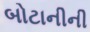
બોટાનીની